Vaccination in the Punjab 1919-1929 - 1919-1929
Year: 1919
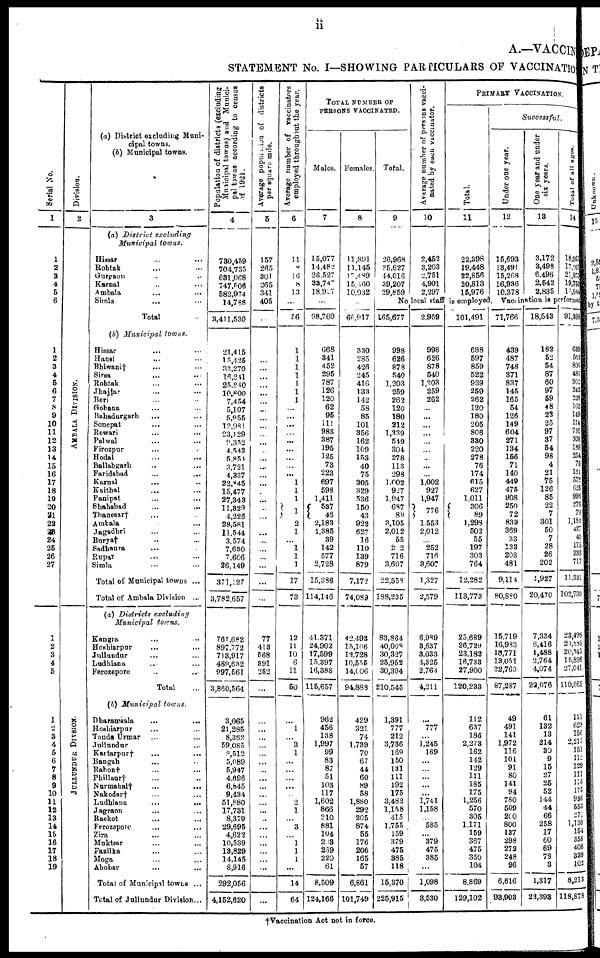
ii
A.—VACCIN
STATEMENT No. I—SHOWING PARTICULARS OF VACCINATIO
Serial No.
1
1
2
3
4
5
6
1
2
3
4
5
6
7
8
9
10
11
12
13
14
15
16
17
18
19
20
21
22
23
24
25
26
27
1
2
3
4
5
1
2
3
4
5
6
7
8
9
10
11
12
13
14
15
16
17
18
19
Division.
2
AMBALA DIVISION.
JULLUNDUR DIVSION.
(a) District excluding Muni-
cipal towns.
(b) Municipal towns.
3
(a) District
excluding
Municipal
towns.
Hissar ... ...
Rohtak ... ...
Gurgaon ... ...
Karnal ... ...
Ambala
... ...
Simla
... ...
Total ...
(b) Municipal
towns.
Hissar ... ...
Hansi ... ...
Bhiwani† ... ...
Sirsa ... ...
Rohtak ... ...
Jhajjar ... ...
Beri ... ...
Gohana ... ...
Bahadurgarh ... ...
Sonepat ... ...
Rewari
...
...
Palwal ... ...
Firozpur ... ...
Hodal ... ...
Ballabgarh ... ...
Faridabad ... ...
Karnal ... ...
Kaithal ... ...
Panipat ... ...
Shahabad
...
...
Thanesar† ... ...
Ambala ... ...
Jagadhri ... ...
Burya† ... ...
Sadhaura ... ...
Rupar ... ...
Simla ... ...
Total of Municipal towns ...
Total of Ambala Division ...
(a) Districts
excluding
Municipal
towns.
Kangra ... ...
Hoshiarpur ... ...
Julluudur ... ...
Ludhiana ... ...
Ferozepore ... ...
Total ... ...
(b) Municipal
towns.
Dharamsala
...
...
Hoshiarpur ... ...
Tanda Urmar ... ...
Jullundur ... ...
Kartarpur† ... ...
Bangah ... ...
Rahon† ... ...
Phillaur† ... ...
Nurmahal† ... ...
Nakodar† ... ...
Ludhiana ... ...
Jagraon ... ...
Raekot ... ...
Ferozepore ... ...
Zira ... ...
Muktsar ... ...
Fazilka ... ...
Moga ... ...
Abohar ... ...
Total of Municipal towns ...
Total of Jullundur Division...
Population of districts (excluding
Municipal towns) and Munici-
pal towns according to census
of 1921.
4
730,459
704,735
631,068
747,506
582,974
14,788
3,411,530
21,415
15,425
33,270
16,241
25,240
10,800
7,454
5,107
5,955
12,981
23,129
9,352
4,542
5,851
3,721
4,337
22,845
15,477
27,343
11,329
4,226
28,581
11,544
3,574
7,630
7,606
26,149
371,127
3,782,657
761,682
897,772
713,917
489,632
997,561
3,860,564
3,065
21,285
8,362
59,085
8,512
5,089
5,947
4,696
6,845
9,434
51,880
17,731
8,379
29,695
4,622
10,539
13,829
14,145
8,916
292,056
4,152,620
Average population of districts
per squares mile.
5
157
265
301
265
341
405
...
...
...
...
...
...
...
...
...
...
...
...
...
...
...
...
...
...
...
...
...
...
...
...
...
...
...
...
77
413
568
891
252
...
...
...
...
...
...
...
...
...
...
...
...
...
...
...
...
...
...
...
...
...
Average number of vaccinators
employed throughout the year.
6
11
8
16
8
13
...
56
1
1
1
1
1
1
1
...
...
...
...
...
...
...
...
...
1
1
1
1
2
1
...
1
1
1
17
73
12
11
10
6
11
50
...
1
...
3
1
...
...
...
...
...
2
1
...
3
...
1
1
1
...
14
64
TOTAL NUMBER OF
PERSONS VACCINATED.
Males.
7
15,077
14,482
26,527
23,747
18,927
...
98,760
668
341
452
295
787
126
120
62
95
111
983
387
195
125
73
223
697
598
1,411
537
46
2,183
1,385
39
142
577
2,728
15,336
114,146
41,371
24,902
17,599
15.397
16,388
115,657
962
456
138
1,997
99
83
87
51
103
117
1,602
866
210
881
104
203
259
220
61
8,509
124,166
Females
8
11,891
11,145
17,489
15,460
10,932
...
66,917
330
285
426
245
416
133
142
58
85
101
356
162
109
153
40
75
305
329
536
150
43
922
627
16
110
139
879
7,172
74,089
42,493
15,106
12,728
10,555
14,006
94,888
429
321
74
1,739
70
67
44
60
89
58
1,880
292
205
874
55
176
206
165
57
6,861
101,749
Total.
9
26,968
25,627
44,016
39,207
29,859
Average number of persons vacci-
nated by each vaccinator.
10
2,452
3,203
2,751
4,901
2,297
PRIMARY VACCINATION.
Successful.
Total.
11
22,398
19,448
22,856
20,813
15,976
No local staff is employeed.
165,677
998
626
878
540
1,203
259
262
120
180
212
1,339
549
304
278
113
298
1,002
927
1,947
687
89
3,105
2,012
55
22
716
3,607
22,558
188,235
83,864
40,008
30,327
25,952
30,394
210,545
1,391
777
212
3,736
169
150
131
111
192
175
3,482
1,158
415
1,755
159
379
475
385
118
15,370
225,915
2,959
998
626
878
540
1,203
259
262
...
...
...
...
...
...
...
...
...
1,002
927
1,947
776
1,553
2,012
252
716
3,607
1,327
2,579
6,989
3,637
3,033
4,325
2,763
4,211
...
777
... 1,245
169
...
...
...
...
...
1,741
1,158
... 585
... 379
475
385
...
1,098
3,530
101,491
688
597
859
522
939
259
262
120
180
205
806
330
220
278
76
174
615
627
1,011
306
89
1,293
502
55
197
303
764
12,282
113,773
25,689
26,729
23,182
16,733
27,900
120,233
112
637
186
2,273
162
142
129
111
185
175
1,256
570
305
1.171
159
367
475
350
104
8,869
129,102
Under one year.
12
15,693
13,491
15,268
16,936
10,378
One year and under
six years.
13
3,172
3,498
6,496
2,542
2,835
Total of all ages.
14
18,967
17,967
21,973
19,761
19,644
Vaccination is performed
71,766
439
487
748
371
837
145
165
54
126
149
604
271
134
156
71
140
449
475
908
250
72
839
369
33
133
208
481
9,114
80,880
15,719
16,983
18,771
13,051
22,763
87,287
49
491
141
1,972
116
101
91
80
141
94
780
509
200
800
137
298
272
248
96
6,616
93,903
18,543
182
52
54
87
60
97
59
48
23
25
97
37
54
98
4
21
75
126
85
22
7
301
50
7
28
26
202
1,927
20,470
7,334
6,416
1,488
2,764
4,074
22,076
61
132
13
214
30
9
15
27
25
52
144
44
66
258
17
60
69
78
3
1,317
23,393
91,399
639
563
806
481
902
242
226
102
149
174
736
308
189
254
75
161
572
625
996
276
79
1,182
427
40
175
235
717
11,331
102,730
23,498
23,885
20,345
15,896
27,041
110,665
111
628
156
2,215
151
112
129
111
176
175
936
553
271
1,130
154
358
406
339
102
8,213
118,878
†Vaccination Act not in force.